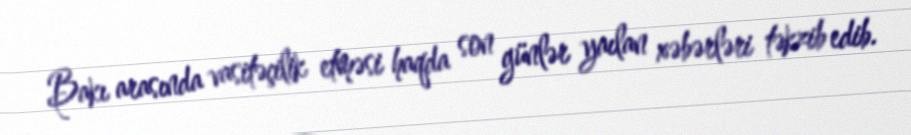
Bakı arasında vasitəçilik etməsi haqda son günlər yaılan xəbərləri təkzib edib.